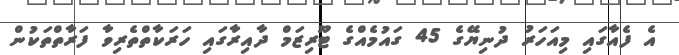
އެ ފެއާގައި މިއަހަރު ދުނިޔޭގެ 45 ގައުމެއްގެ ޓޫރިޒަމް ދާއިރާގައި ހަރަކާތްތެރިވާ ފަރާތްތަކުން